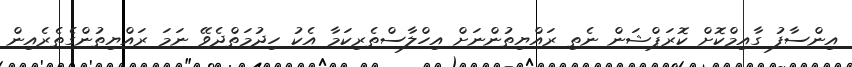
އިންސާފު ގާއިމްކޮށް ކޮރަޕްޝަން ނެތި ރައްޔިތުންނަށް އިހްލާސްތެރިކަމާ އެކު ހިދުމަތްދެވޭ ނަމަ ރައްޔިތުންގެތެރެއިން